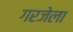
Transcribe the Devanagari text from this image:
गरजेला